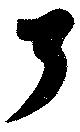
了